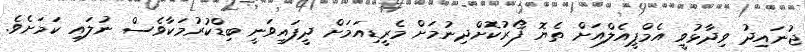
ޖުނައިދު ވިދާޅުވީ އެމްޕީއެލްއަށް ތެޔޮ ފޯރުކޮށްދިނުމަށް މެރީޑިއަމަށް ދީފައިވަނީ ބިޑްކުރުމަކާވެސް ނުލައި ކަމަށެވެ.